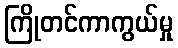
ကြိုတင်ကာကွယ်မှု